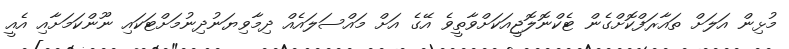
މުޅިން އަލަށް ތައާރަފްކޮށްގެން ޓެކްނޮލޮޖީއަކަށްވާތީވެ އޭގެ އަށް މައްސަލައެއް ދިމާވިޔަނުދިނުމަށްޓަކައި ނޫންކަމަށާއި އެއީ